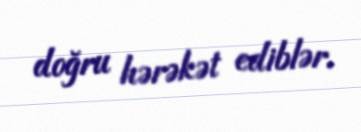
doğru hərəkət ediblər.